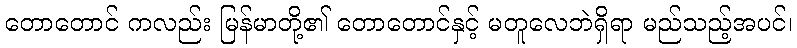
တောတောင် ကလည်း မြန်မာတို့၏ တောတောင်နှင့် မတူလေဘဲရှိရာ မည်သည့်အပင်၊